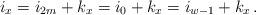
LaTeX: \begin{align*} i_x=i_{2m}+k_x=i_0+k_x=i_{w-1}+k_x\,.\end{align*}